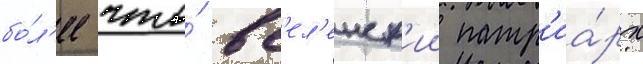
бо́л'ее что́ вс'ел'енск'ии патр'иа́рх